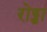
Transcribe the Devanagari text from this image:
रोड्डा